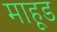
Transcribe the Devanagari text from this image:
माहूड